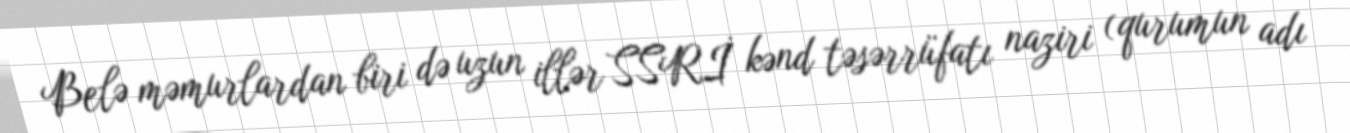
Belə məmurlardan biri də uzun illər SSRİ kənd təsərrüfatı naziri (qurumun adı